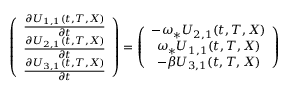
\begin{array} { r } { \left( \begin{array} { c } { \frac { \partial U _ { 1 , 1 } ( t , T , X ) } { \partial t } } \\ { \frac { \partial U _ { 2 , 1 } ( t , T , X ) } { \partial t } } \\ { \frac { \partial U _ { 3 , 1 } ( t , T , X ) } { \partial t } } \end{array} \right) = \left( \begin{array} { c } { - \omega _ { * } U _ { 2 , 1 } ( t , T , X ) } \\ { \omega _ { * } U _ { 1 , 1 } ( t , T , X ) } \\ { - \beta U _ { 3 , 1 } ( t , T , X ) } \end{array} \right) } \end{array}